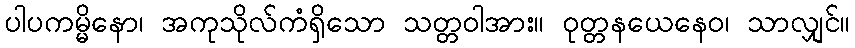
ပါပကမ္မိနော၊ အကုသိုလ်ကံရှိသော သတ္တဝါအား။ ဝုတ္တနယေနေဝ၊ သာလျှင်။